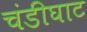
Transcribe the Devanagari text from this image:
चंडीघाट